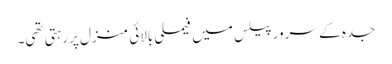
جدہ کے سرور پیلس میں فیملی بالائی منزل پر رہتی تھی۔